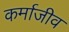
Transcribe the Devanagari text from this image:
कर्माजीव